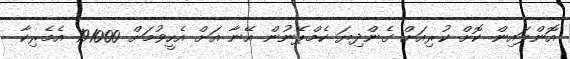
އޮންލައިން ކޮށް ކުރިއަށް ގެންދިޔަ ކެމްޕޭނުން އޭނާ އަށް އެހީވުމަށް 191000 އެމެރިކާ